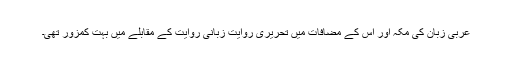
عربی زبان کی مکہ اور اُس کے مضافات میں تحریری روایت زبانی روایت کے مقابلے میں بہت کمزور تھی۔